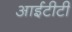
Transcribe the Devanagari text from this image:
आईटीटी